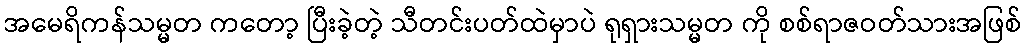
အမေရိကန်သမ္မတ ကတော့ ပြီးခဲ့တဲ့ သီတင်းပတ်ထဲမှာပဲ ရုရှားသမ္မတ ကို စစ်ရာဇဝတ်သားအဖြစ်